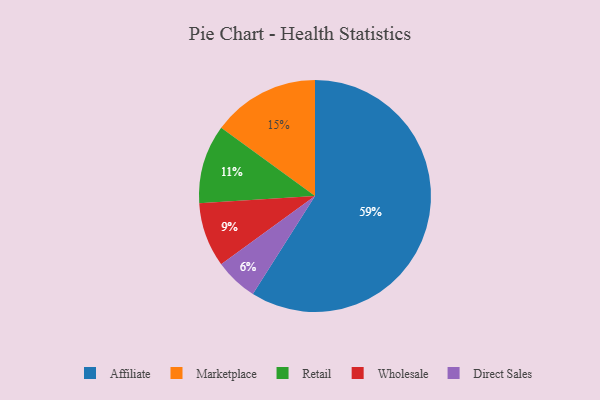
{"axis": {"x": "Category", "y": "Percentage"}, "legend": ["Affiliate", "Direct Sales", "Marketplace", "Retail", "Wholesale"], "data": [{"x": "Direct Sales", "y": 6, "type": "Direct Sales"}, {"x": "Retail", "y": 11, "type": "Retail"}, {"x": "Marketplace", "y": 15, "type": "Marketplace"}, {"x": "Wholesale", "y": 9, "type": "Wholesale"}, {"x": "Affiliate", "y": 59, "type": "Affiliate"}]}